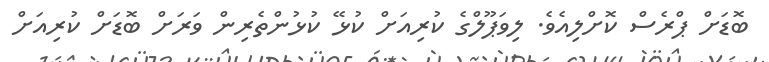
ބޮޑަށް ޕްރެސް ކޮށްލިއެވެ. ލިވަޕޫލްގެ ކުރިއަށް ކުޅޭ ކުޅުންތެރިން ވަރަށް ބޮޑަށް ކުރިއަށް